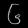
Digit: ၆